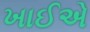
ખાઈએ